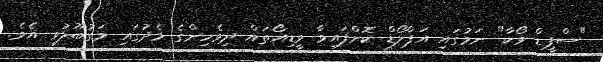
"ސްޕީޑް ވޯކާ" ނަމުގައި އަޕްލޯޑް ކޮށްފައިވާ ވީޑިއޯތައް ދިވެހިންގެ މެދުގައި މަގުބޫލުވި އެވެ.